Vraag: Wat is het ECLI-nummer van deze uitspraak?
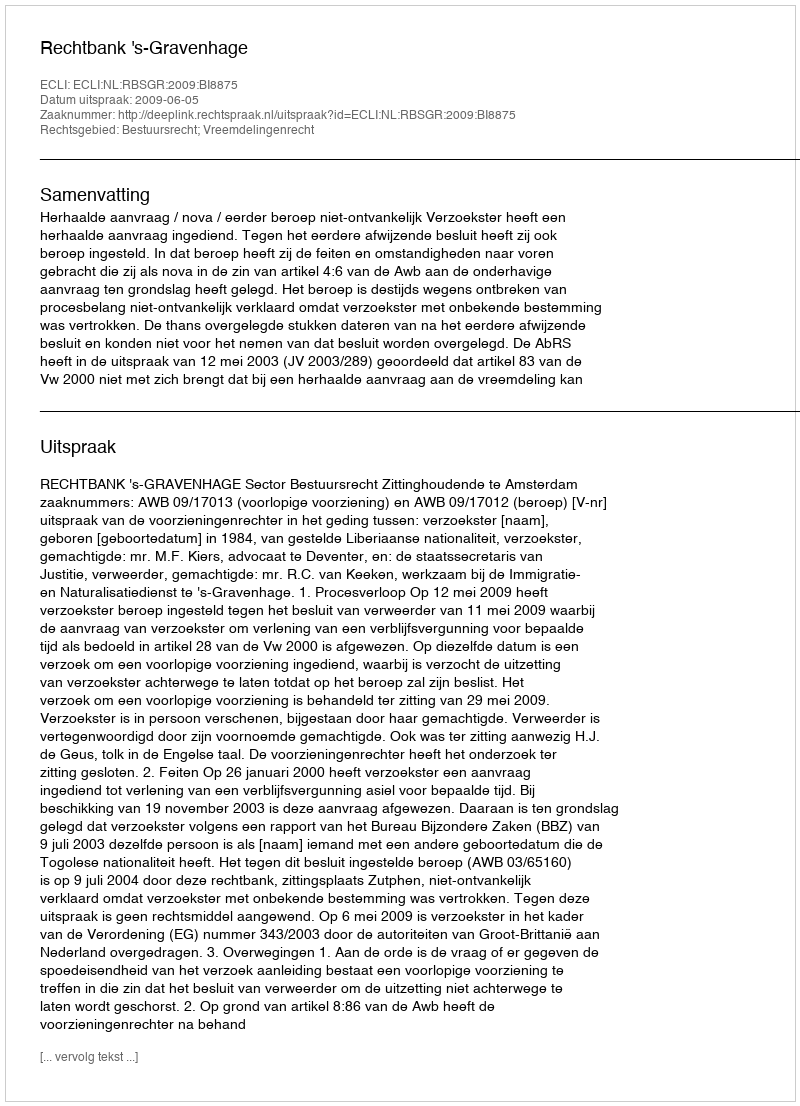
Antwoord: ECLI:NL:RBSGR:2009:BI8875